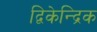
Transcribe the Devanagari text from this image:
द्विकेन्द्रिक